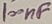
Text: 100nF